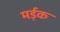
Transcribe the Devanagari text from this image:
मर्ड़क